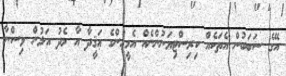
އޭގެ ސަބަބުން އެތަކެއް ކިރިސްޓިޔަނުންނެއް އެމީހުންގެ ޢަޤީދާ އާ މެދު އަލުން ވިސްނާ